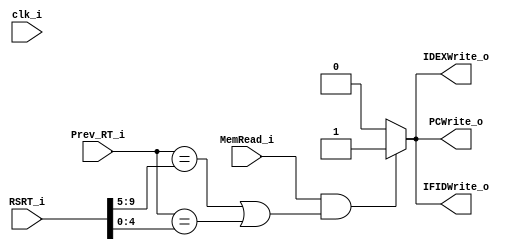
module HazDetect_unit(
    clk_i,
    MemRead_i,
    Prev_RT_i,
    RSRT_i,
    PCWrite_o,
    IFIDWrite_o,
    IDEXWrite_o
);

// Ports
input               clk_i;
input               MemRead_i;
input   [4:0]       Prev_RT_i;
input   [9:0]       RSRT_i;
output  reg         PCWrite_o;
output  reg         IFIDWrite_o; 
output  reg         IDEXWrite_o;

wire [4:0]  Cur_RS;
wire [4:0]  Cur_RT;

assign Cur_RS = RSRT_i[9:5];
assign Cur_RT = RSRT_i[4:0];

//always @(posedge clk_i) begin
always @(*) begin
// EX hazard
    if((MemRead_i)&&((Prev_RT_i == Cur_RS)||(Prev_RT_i == Cur_RT))) begin
      //stall 1 cycle
      PCWrite_o = 1'b1;
      IFIDWrite_o = 1'b1;
      IDEXWrite_o = 1'b1;
    end
    else begin
      PCWrite_o = 1'b0;
      IFIDWrite_o = 1'b0;
      IDEXWrite_o = 1'b0;
    end 
end
   
endmodule